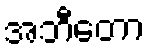
အဘီတော